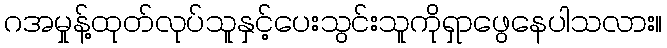
ဂအမှုန့်ထုတ်လုပ်သူနှင့်ပေးသွင်းသူကိုရှာဖွေနေပါသလား။